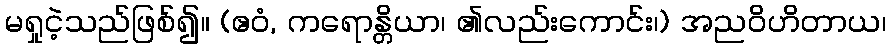
မရှုငဲ့သည်ဖြစ်၍။ (ဧဝံ, ကရောန္တိယာ၊ ၏လည်းကောင်း၊) အညဝိဟိတာယ၊